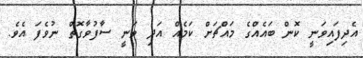
އެދިފައިވަނީ ކޮން ބައެއްގެ މައްޗަށް ކަމެއް އަދި ވަނީ ސާފުވާގޮތް ނުވެފަ އެވެ.